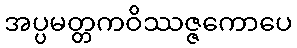
အပ္ပမတ္တကဝိဿဇ္ဇကောပေ